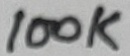
Text: 100K